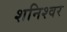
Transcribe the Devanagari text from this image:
शनिश्वर